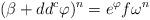
LaTeX: \begin{align*}(\beta + dd^c \varphi)^n = e^\varphi f \omega^n\end{align*}